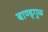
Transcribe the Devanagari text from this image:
बाण्ड्गुळ